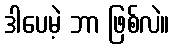
ဒါပေမဲ့ ဘာ ဖြစ်လဲ။